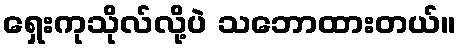
ရှေးကုသိုလ်လို့ပဲ သဘောထားတယ်။